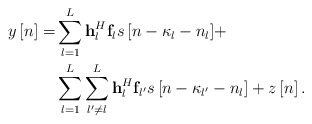
\begin{align*} \begin{aligned} y\left[ n \right] = & \sum\limits_{l = 1}^L {{\bf{h}}_l^H{{\bf{f}}_l}s\left[ {n - {\kappa _l} - {n_l}} \right]} + \\ &\sum\limits_{l = 1}^L {\sum\limits_{l' \ne l}^L {{\bf{h}}_l^H{{\bf{f}}_{l'}}s\left[ {n - {\kappa _{l'}} - {n_l}} \right]} } + z\left[ n \right]. \end{aligned} \end{align*}